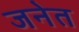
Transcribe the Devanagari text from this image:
जनेत